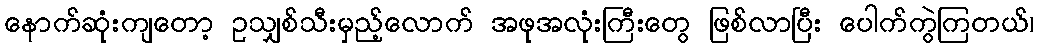
နောက်ဆုံးကျတော့ ဥသျှစ်သီးမှည့်လောက် အဖုအလုံးကြီးတွေ ဖြစ်လာပြီး ပေါက်ကွဲကြတယ်၊